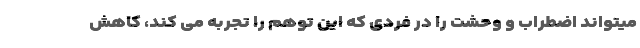
میتواند اضطراب و وحشت را در فردی که این توهم را تجربه می کند، کاهش